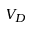
V _ { D }